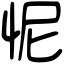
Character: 怩